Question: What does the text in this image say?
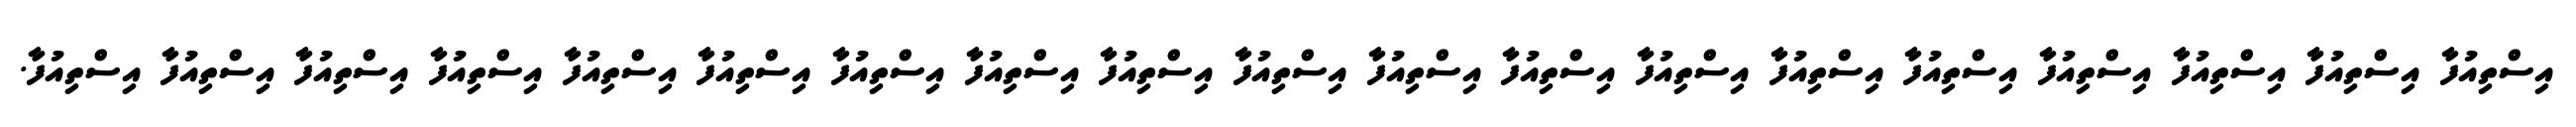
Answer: އިސްތިއުފާ އިސްތިއުފާ އިސްތިއުފާ އިސްތިއުފާ އިސްތިއުފާ އިސްތިއުފާ އިސްތިއުފާ އިސްތިއުފާ އިސްތިއުފާ އިސްތިއުފާ އިސްތިއުފާ އިސްތިއުފާ އިސްތިއުފާ އިސްތިއުފާ އިސްތިއުފާ އިސްތިއުފާ އިސްތިއުފާ އިސްތިއުފާ އިސްތިއުފާ.